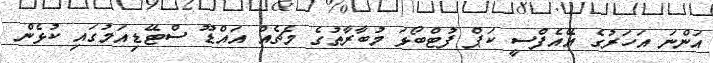
އަންނަ އަހަރުގެ އޭއެފްސީ ކަޕް ފުޓްބޯޅަ މުބާރާތުގެ މެޗެއް އައްޑޫ ސްޓޭޑިއަމުގައި ކުޅެން